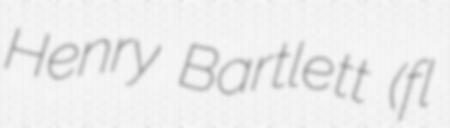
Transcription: Henry Bartlett (fl